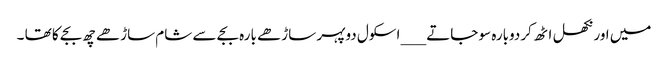
میں اور نکھل اٹھ کردوبارہ سو جاتے ___ اسکول دوپہر ساڑھے بارہ بجے سے شام ساڑھے چھ بجے کا تھا ۔